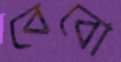
বেবো